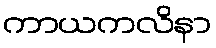
ကာယကလိနာ